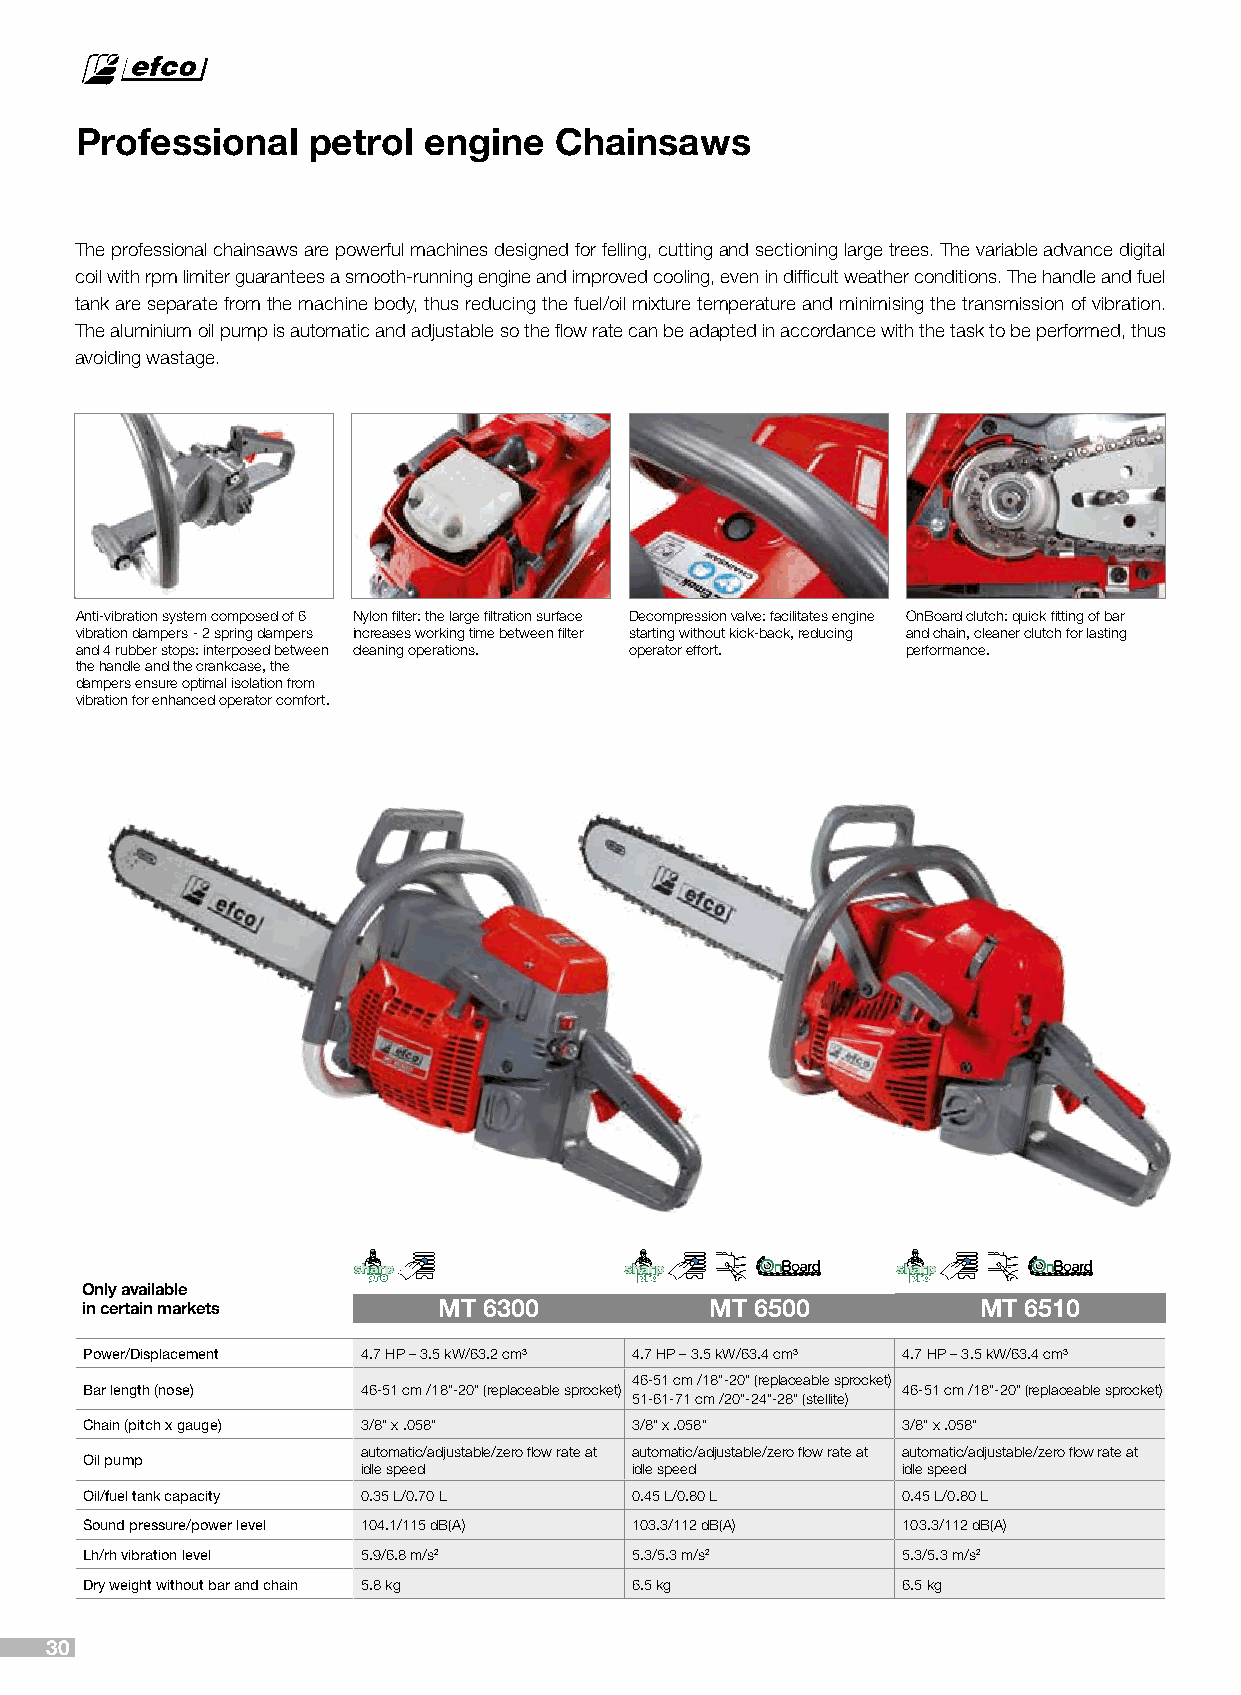
Professional   petrol  engine   Chainsaws
 The professional chainsaws are powerful machines designed for felling, cutting and sectioning large trees. The variable advance digital
 coil with rpm limiter guarantees a smooth-running engine and improved cooling, even in difficult weather conditions. The handle and fuel
 tank are separate from the machine body, thus reducing the fuel/oil mixture temperature and minimising the transmission of vibration.
 The aluminium oil pump is automatic and adjustable so the flow rate can be adapted in accordance with the task to be performed, thus
 avoiding wastage.
 Anti-vibration system composed of 6 Nylon filter: the large filtration surface Decompression valve: facilitates engine OnBoard clutch: quick fitting of bar
 vibration dampers - 2 spring dampers increases working time between filter starting without kick-back, reducing and chain, cleaner clutch for lasting
 and 4 rubber stops: interposed between cleaning operations. operator effort. performance.
 the handle and the crankcase, the
 dampers ensure optimal isolation from
 vibration for enhanced operator comfort.
 Only available
 in certain markets      MT 6300           MT 6500           MT 6510
 Power/Displacement 4.7 HP – 3.5 kW/63.2 cm³ 4.7 HP – 3.5 kW/63.4 cm³ 4.7 HP – 3.5 kW/63.4 cm³
 46-51 cm /18”-20” (replaceable sprocket)
 Bar length (nose) 46-51 cm /18”-20” (replaceable sprocket) 46-51 cm /18”-20” (replaceable sprocket)
 51-61-71 cm /20”-24”-28” (stellite)
 Chain (pitch x gauge) 3/8” x .058”  3/8” x .058”      3/8” x .058”
 automatic/adjustable/zero flow rate at automatic/adjustable/zero flow rate at automatic/adjustable/zero flow rate at
 Oil pump
 idle speed        idle speed        idle speed
 Oil/fuel tank capacity 0.35 L/0.70 L 0.45 L/0.80 L    0.45 L/0.80 L
 Sound pressure/power level 104.1/115 dB(A) 103.3/112 dB(A) 103.3/112 dB(A)
 Lh/rh vibration level 5.9/6.8 m/s2  5.3/5.3 m/s2      5.3/5.3 m/s2
 Dry weight without bar and chain 5.8 kg 6.5 kg        6.5 kg
 30